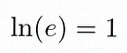
\ln(e)=1